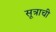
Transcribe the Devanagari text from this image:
सूत्राची